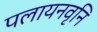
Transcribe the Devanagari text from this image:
पलायनवृनि